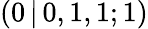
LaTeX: (0\, |\, 0,1,1;1)